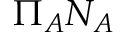
\Pi _ { A } N _ { A }